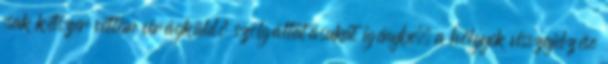
csak kétszer vettem virágküldő szolgáltatásukat igénybe, a hölgyek visszajelzése